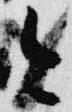
今